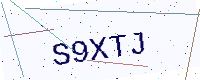
Text: S9XTJ